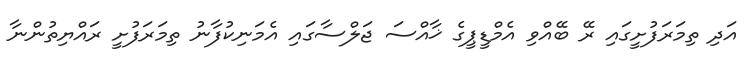
އަދި ތިމަރަފުށީގައި ރޭ ބޭއްވި އެމްޑީޕީގެ ޚާއްސަ ޖަލްސާގައި އެމަނިކުފާނު ތިމަރަފުށީ ރައްޔިތުންނާ